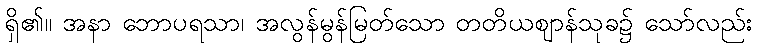
ရှိ၏။ အနာ ဘောပရသာ၊ အလွန်မွန်မြတ်သော တတိယဈာန်သုခ၌ သော်လည်း